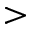
>